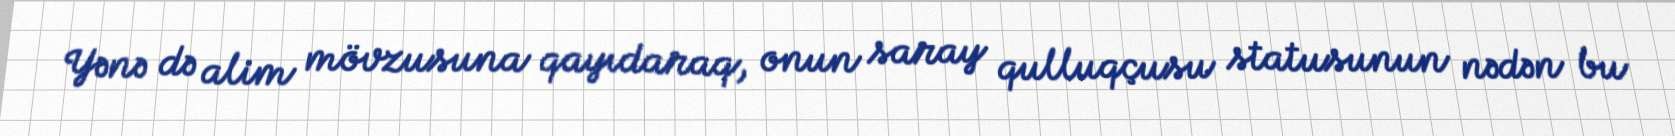
Yənə də alim mövzusuna qayıdaraq, onun saray qulluqçusu statusunun nədən bu